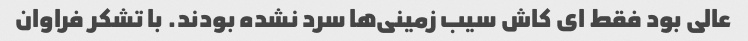
عالی بود فقط ای کاش سیب زمینی‌ها سرد نشده بودند. با تشکر فراوان